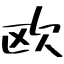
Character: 欧